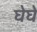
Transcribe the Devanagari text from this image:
घेघे